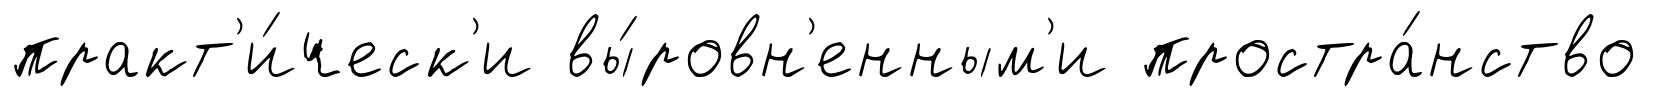
практ'и́ческ'и вы́ровн'енным'и простра́нство